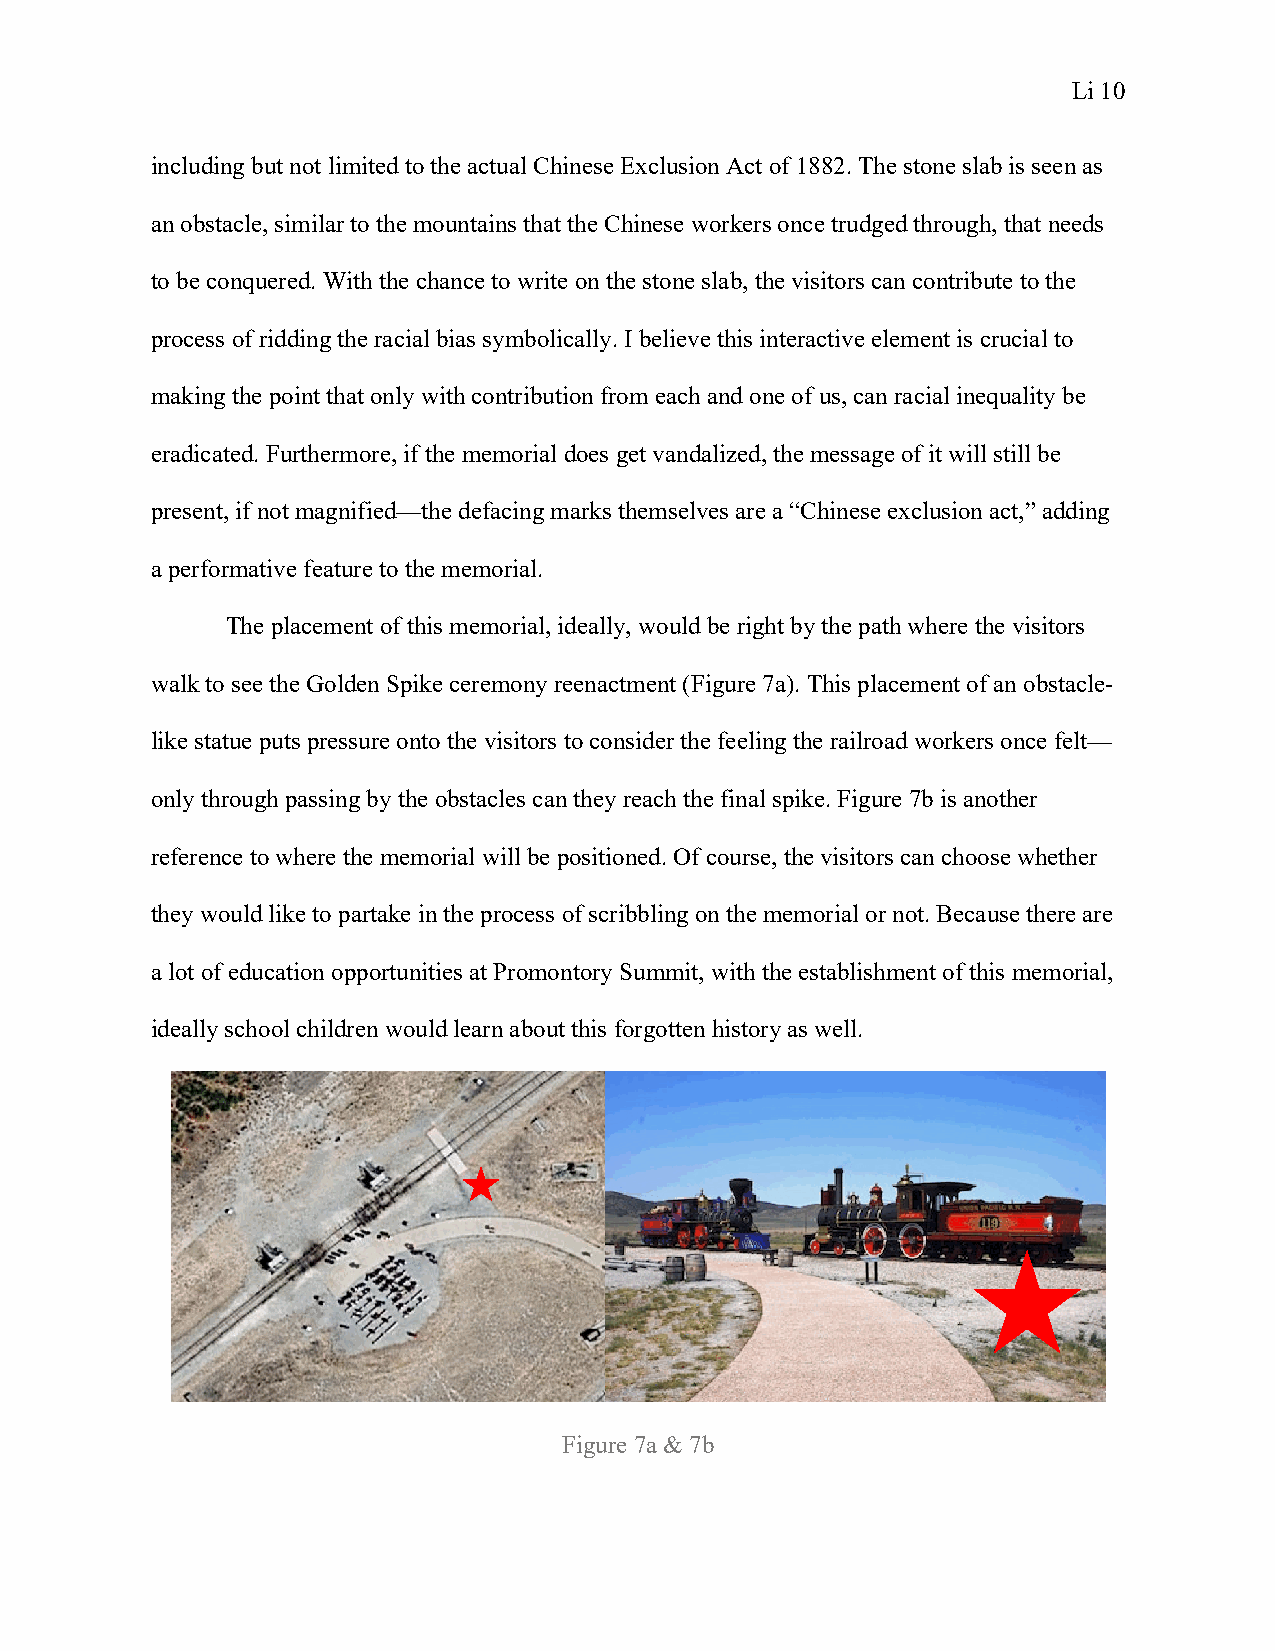
Li 10
 including but not limited to the actual Chinese Exclusion Act of 1882. The stone slab is seen as
 an obstacle, similar to the mountains that the Chinese workers once trudged through, that needs
 to be conquered. With the chance to write on the stone slab, the visitors can contribute to the
 process of ridding the racial bias symbolically. I believe this interactive element is crucial to
 making the point that only with contribution from each and one of us, can racial inequality be
 eradicated. Furthermore, if the memorial does get vandalized, the message of it will still be
 present, if not magnified—the defacing marks themselves are a “Chinese exclusion act,” adding
 a performative feature to the memorial.
 The placement of this memorial, ideally, would be right by the path where the visitors
 walk to see the Golden Spike ceremony reenactment (Figure 7a). This placement of an obstacle-
 like statue puts pressure onto the visitors to consider the feeling the railroad workers once felt—
 only through passing by the obstacles can they reach the final spike. Figure 7b is another
 reference to where the memorial will be positioned. Of course, the visitors can choose whether
 they would like to partake in the process of scribbling on the memorial or not. Because there are
 a lot of education opportunities at Promontory Summit, with the establishment of this memorial,
 ideally school children would learn about this forgotten history as well.
 Figure 7a & 7b